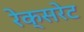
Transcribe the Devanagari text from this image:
रेक्सरेट